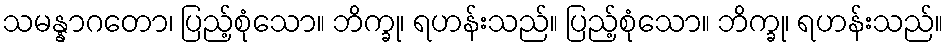
သမန္နာဂတော၊ ပြည့်စုံသော။ ဘိက္ခု၊ ရဟန်းသည်။ ပြည့်စုံသော။ ဘိက္ခု၊ ရဟန်းသည်။